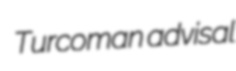
Turcoman advisal